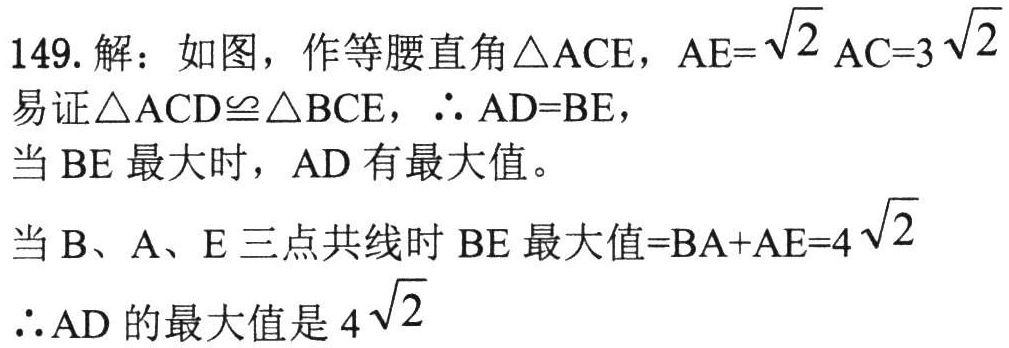
149. 解：如图，作等腰直角\(\triangle ACE\)，\(AE = \sqrt{2}AC = 3\sqrt{2}\)
易证\(\triangle ACD\cong\triangle BCE\)，\(\therefore AD = BE\)，
当\(BE\)最大时，\(AD\)有最大值。
当\(B\)、\(A\)、\(E\)三点共线时\(BE\)最大值\(=BA + AE = 4\sqrt{2}\)
\(\therefore AD\)的最大值是\(4\sqrt{2}\)